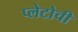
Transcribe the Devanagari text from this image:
प्लेटोची